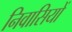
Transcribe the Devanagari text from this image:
निवासियों